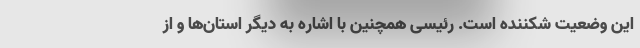
این وضعیت شکننده است. رئیسی همچنین با اشاره به دیگر استان‌ها و از